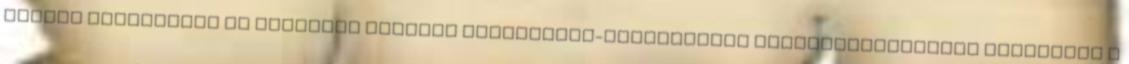
végére fejeződhet be Budapest Főváros Közterület-felügyelete állategészségügyi telepének a